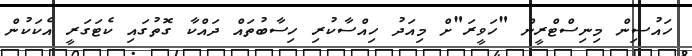
ހައުސިން މިނިސްޓްރީން "ހަވީރަ"ށް މިއަދު ހިއްސާކުރި ހިސާބުތައް ދައްކާ ގޮތުގައި ކެޓަގަރީ އެކަކުން